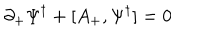
LaTeX: \partial _ { + } { \Psi ^ { \dagger } } + [ A _ { + } , { \Psi ^ { \dagger } } ] = 0